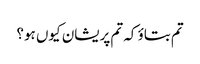
تم بتاؤ کہ تم پریشان کیوں ہو؟